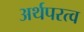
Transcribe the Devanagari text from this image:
अर्थपरत्व